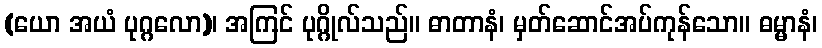
(ယော အယံ ပုဂ္ဂလော)၊ အကြင် ပုဂ္ဂိုလ်သည်။ ဓာတာနံ၊ မှတ်ဆောင်အပ်ကုန်သော။ ဓမ္မာနံ၊